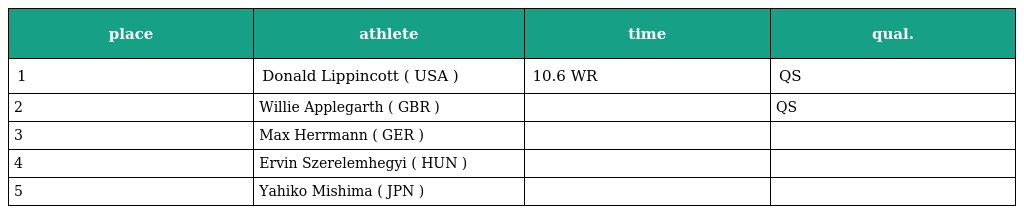
| place | athlete | time | qual. |
 | --- | --- | --- | --- |
 | 1 | Donald Lippincott ( USA ) | 10.6 WR | QS |
 | 2 | Willie Applegarth ( GBR ) |  | QS |
 | 3 | Max Herrmann ( GER ) |  |  |
 | 4 | Ervin Szerelemhegyi ( HUN ) |  |  |
 | 5 | Yahiko Mishima ( JPN ) |  |  |